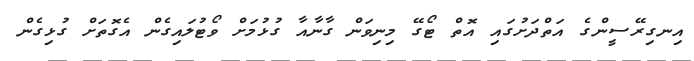
އިނގިރޭސީންގެ އަތްދަށުގައި އޮތް ޓޯގޭ މިނިވަން ގާނާއާ ގުޅުމަށް ވޯޓުލައިގެން އެގޮތަށް ގުޅިގެން